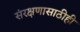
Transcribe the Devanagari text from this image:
संरक्षणासाठीही